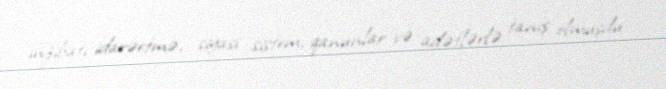
inzibati idarəetmə, siyasi sistem, qanunlar və adətlərlə tanış olmuşdu.